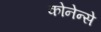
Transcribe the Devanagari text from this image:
कोनेन्से